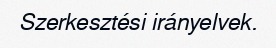
Szerkesztési irányelvek.